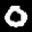
Label: 0